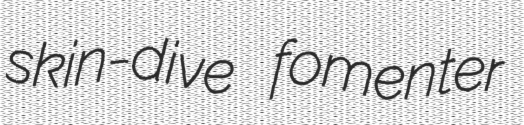
skin-dive fomenter